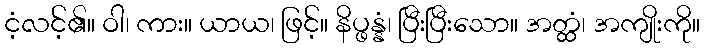
ငံ့လင့်၏။ ဝါ၊ ကား။ ယာယ၊ ဖြင့်။ နိပ္ဖန္နံ၊ ပြီးပြီးသော။ အတ္ထံ၊ အကျိုးကို။